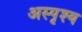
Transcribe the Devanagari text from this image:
अस्‍पृश्य